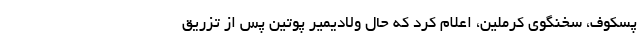
پسکوف، سخنگوی کرملین، اعلام کرد که حال ولادیمیر پوتین پس از تزریق